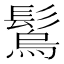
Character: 𩮮